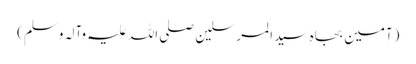
(آمین بجاہِ سید المرسلین صلی اللہ علیہ وآلہ وسلم)